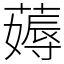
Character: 薅